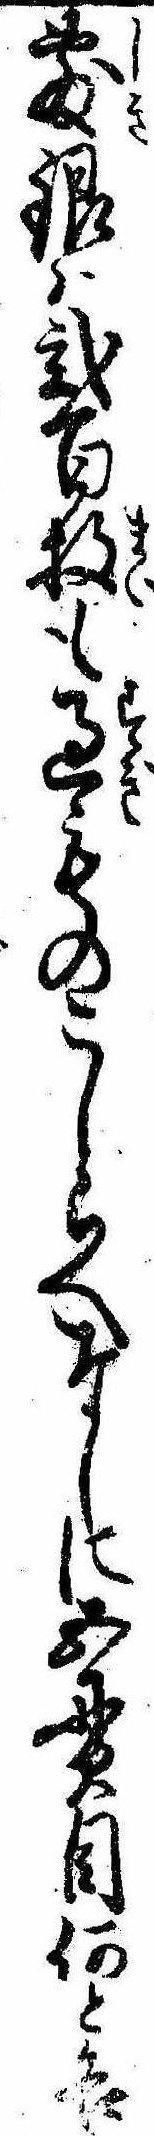
敷銀は弐百枚も過ものこしらへなしに五貫目何と各